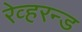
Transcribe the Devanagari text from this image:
रेव्हरन्ड